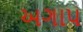
અગાપ